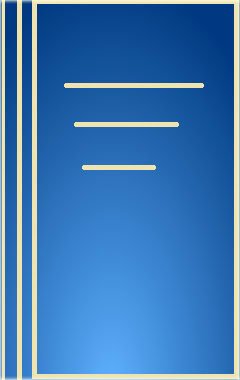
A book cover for Beta-Blockers and Cardiac Arrhythmias (Fundamental and Clinical Cardiology); Medical Books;